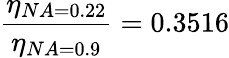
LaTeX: \frac{\eta_{NA=0.22}}{\eta_{NA=0.9}}=0.3516